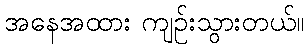
အနေအထား ကျဉ်းသွားတယ်။